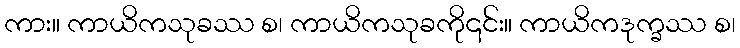
ကား။ ကာယိကသုခဿ စ၊ ကာယိကသုခကို၎င်း။ ကာယိကဒုက္ခဿ စ၊